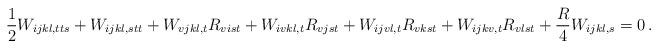
LaTeX: \begin{align*}\frac{1}{2}W_{ijkl,tts}+W_{ijkl,stt}+W_{vjkl, t}R_{vist}+W_{ivkl, t}R_{vjst}+W_{ijvl, t}R_{vkst}+W_{ijkv, t}R_{vlst}+\frac{R}{4}W_{ijkl, s}=0\,.\end{align*}